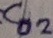
Text: C02